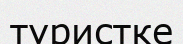
туристке